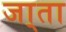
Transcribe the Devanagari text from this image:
जा्ता